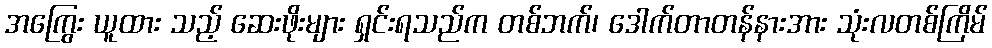
အကြွေး ယူထား သည့် ဆေးဖိုးများ ရှင်းရသည်က တစ်ဘက်၊ ဒေါက်တာတန်နားအား သုံးလတစ်ကြိမ်